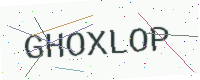
Text: GHOXLOP